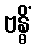
ဗန္ဓိံ